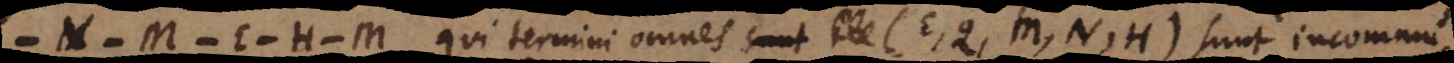
− M, qui termini omnes (E, Q, M, N, H) sunt incommu